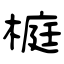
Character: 榳